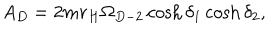
LaTeX: A _ { D } = 2 m r _ { H } \Omega _ { D - 2 } \cosh \delta _ { 1 } \cosh \delta _ { 2 } ,